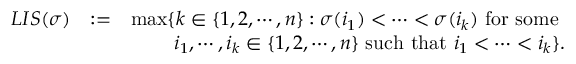
\begin{array} { r l r } { L I S ( \sigma ) } & { : = } & { \operatorname* { m a x } \{ k \in \{ 1 , 2 , \cdots , n \} : \sigma ( i _ { 1 } ) < \cdots < \sigma ( i _ { k } ) \mathrm { ~ f o r ~ s o m e ~ } } \\ & { } & { \quad \quad i _ { 1 } , \cdots , i _ { k } \in \{ 1 , 2 , \cdots , n \} \mathrm { ~ s u c h ~ t h a t ~ } i _ { 1 } < \cdots < i _ { k } \} . } \end{array}